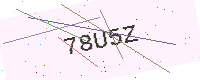
Text: 78U5Z